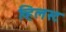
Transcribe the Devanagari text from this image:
व्हिलस्ट